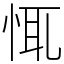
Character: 㤴